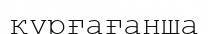
құрғағанша